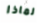
لماذا